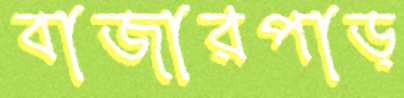
বাজারপাড়